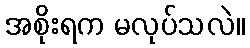
အစိုးရက မလုပ်သလဲ။